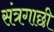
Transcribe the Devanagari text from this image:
संत्रगाछी